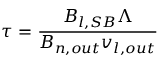
\tau = \frac { B _ { l , S B } \Lambda } { B _ { n , o u t } v _ { l , o u t } }